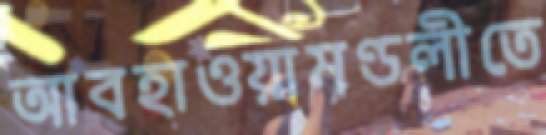
আবহাওয়ামণ্ডলীতে